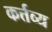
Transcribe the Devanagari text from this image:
कर्त्तव्‍य